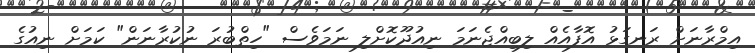
އިމްރާނަށް ރަނގަޅު އޮފާއެއް ލިބިއްޖެނަމަ ނިއުދޫކޮށްލި ނަމަވެސް "ހިތްބުރަ ނުކުރާނަން" ކަމަށް ނިއުގެ